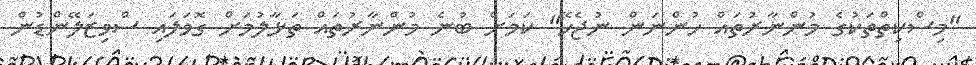
"މިސްކިތްތަކުގެ މުންނާރުތައް ހުންނަން ނުޖެހޭ" ކަމަށް ބުނެ މުންނާރުތައް ތަޅާލުމަށް ގޮވަލައި ސްވިޒަލޭންޑުން